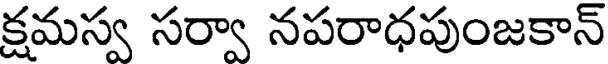
క్షమస్వ సర్వా నపరాధపుంజకాన్